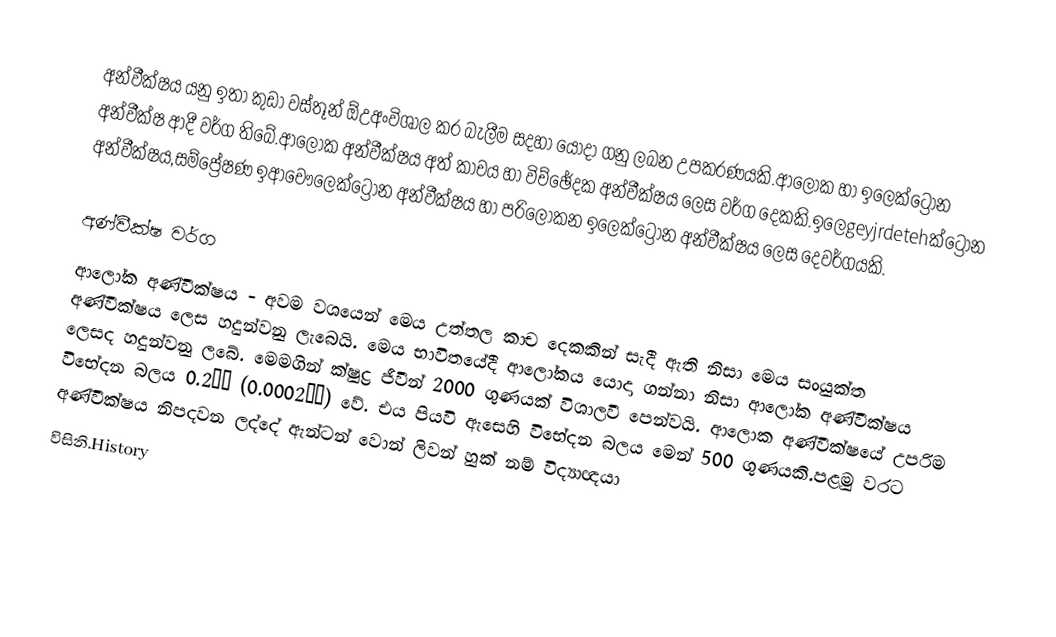
අන්වීක්ෂය යනු ඉතා කුඩා වස්තූන් ඕඋඅංවිශාල කර බැලීම සදහා යොදා ගනු ලබන උපකරණයකි.ආලෝක හා ඉලෙක්ට්‍රෝන අන්වීක්ෂ ආදී වර්ග තිබේ.ආලෝක අන්වීක්ෂය අත් කාචය හා විච්ඡේදක අන්වීක්ෂය ලෙස වර්ග දෙකකි.ඉලෙgeyjrdetehක්ට්‍රෝන අන්වීක්ෂය,සම්ප්‍රේෂණ ඉආචෞලෙක්ට්‍රෝන අන්වීක්ෂය හා පරිලෝකන ඉලෙක්ට්‍රෝන අන්වීක්ෂය ලෙස දෙවර්ගයකි.

අණ්වීක්ෂ වර්ග
ආලෝක අණ්වීක්ෂය - අවම වශයෙන් මෙය උත්තල කාච දෙකකින් සැදී ඇති නිසා මෙය සංයුක්ත අණ්වීක්ෂය ලෙස හදුන්වනු ලැබෙයි. මෙය භාවිතයේදී ආලෝකය යොදා ගන්නා නිසා ආලෝක අණ්වීක්ෂය ලෙසද හදුන්වනු ලබේ. මෙමගින් ක්ෂුද්‍ර ජීවීන් 2000 ගුණයක් විශාලවී පෙන්වයි. ආලොක අණ්වීක්ෂයේ උපරිම විභේදන බලය 0.2μΜ (0.0002ΜΜ) වේ. එය පියවි ඇසෙහි විභේදන බලය මෙන් 500 ගුණයකි.පළමු වරට අණ්වීක්ෂය නිපදවන ලද්දේ ඇන්ටන් වොන් ලිවන් හුක් නම් විද්‍යාඥයා
 විසිනි.History